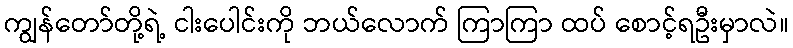
ကျွန်တော်တို့ရဲ့ ငါးပေါင်းကို ဘယ်လောက် ကြာကြာ ထပ် စောင့်ရဦးမှာလဲ။